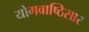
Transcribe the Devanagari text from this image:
योगवाष्ठिसार